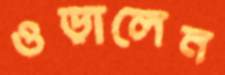
ওড়ালেন